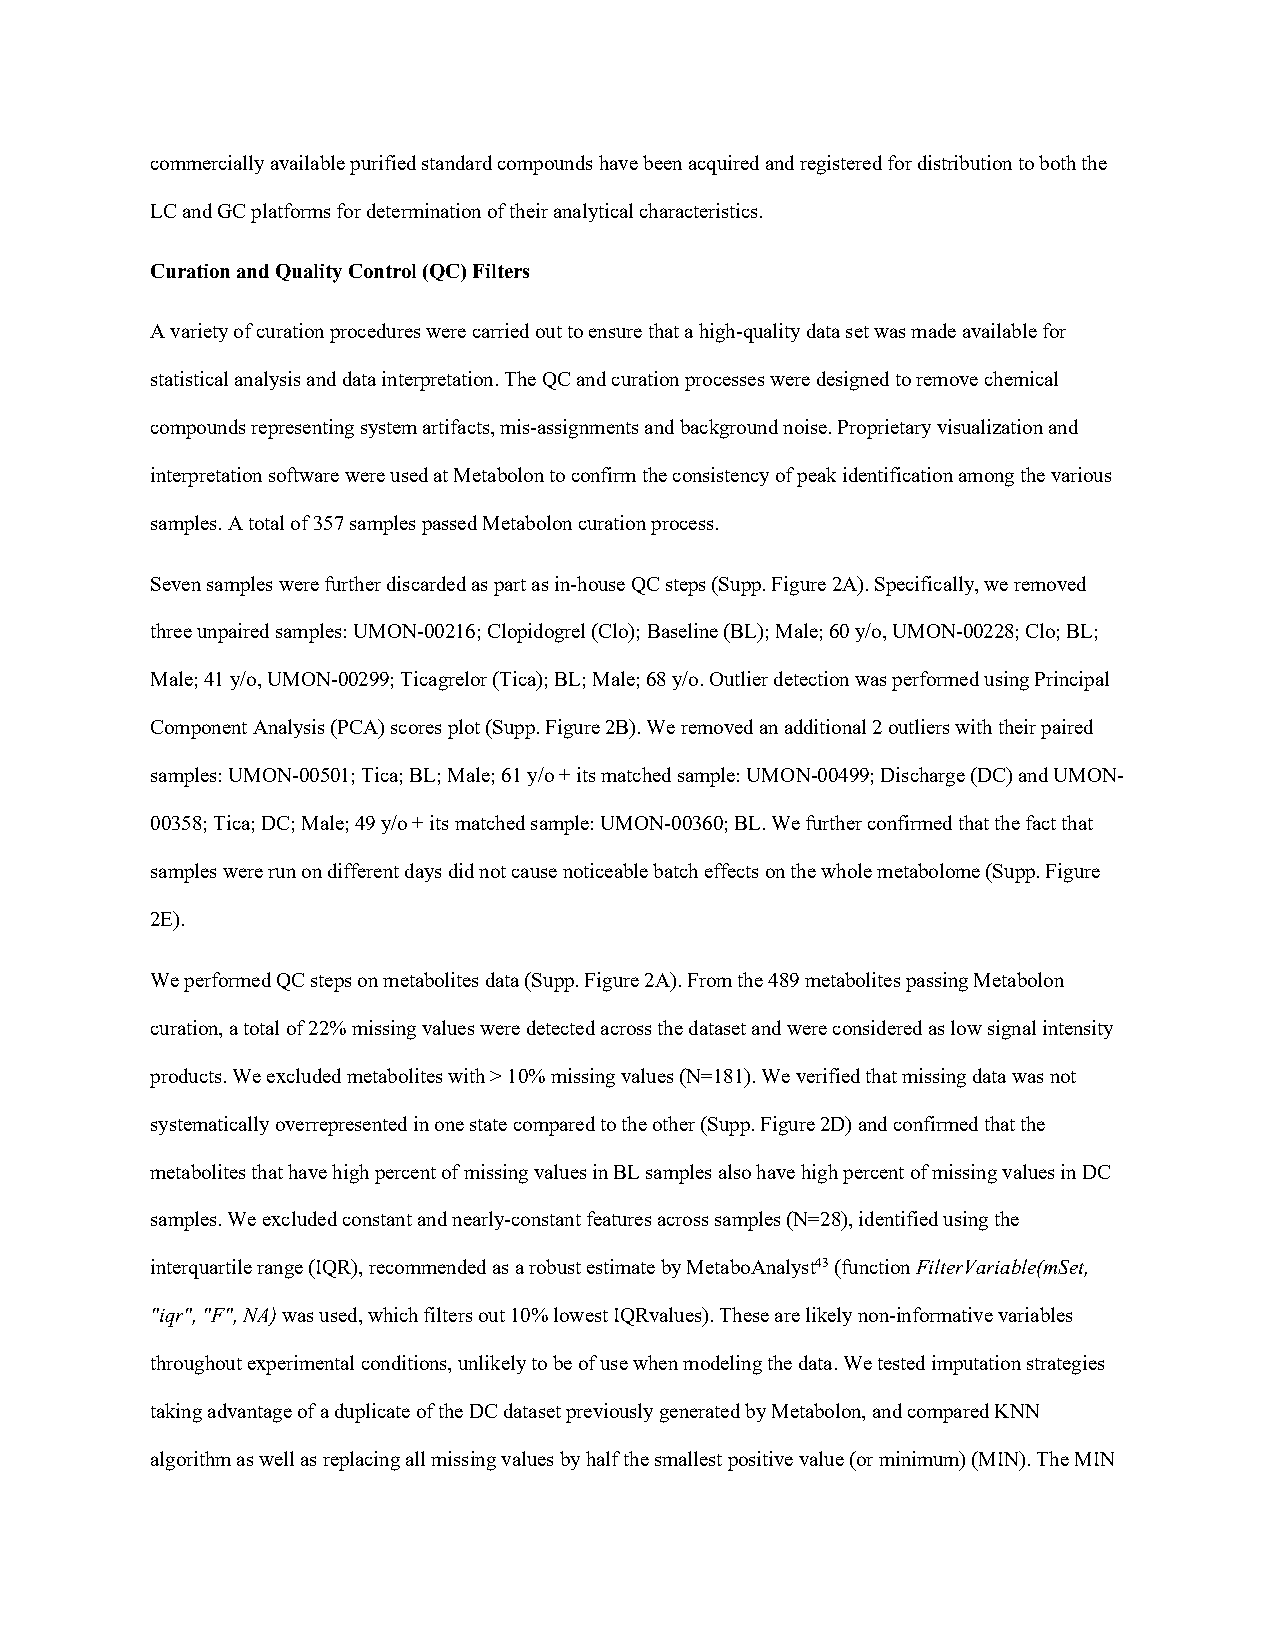
commercially available purified standard compounds have been acquired and registered for distribution to both the
 LC and GC platforms for determination of their analytical characteristics.
 Curation and Quality Control (QC) Filters
 A variety of curation procedures were carried out to ensure that a high-quality data set was made available for
 statistical analysis and data interpretation. The QC and curation processes were designed to remove chemical
 compounds representing system artifacts, mis-assignments and background noise. Proprietary visualization and
 interpretation software were used at Metabolon to confirm the consistency of peak identification among the various
 samples. A total of 357 samples passed Metabolon curation process.
 Seven samples were further discarded as part as in-house QC steps (Supp. Figure 2A). Specifically, we removed
 three unpaired samples: UMON-00216; Clopidogrel (Clo); Baseline (BL); Male; 60 y/o, UMON-00228; Clo; BL;
 Male; 41 y/o, UMON-00299; Ticagrelor (Tica); BL; Male; 68 y/o. Outlier detection was performed using Principal
 Component Analysis (PCA) scores plot (Supp. Figure 2B). We removed an additional 2 outliers with their paired
 samples: UMON-00501; Tica; BL; Male; 61 y/o + its matched sample: UMON-00499; Discharge (DC) and UMON-
 00358; Tica; DC; Male; 49 y/o + its matched sample: UMON-00360; BL. We further confirmed that the fact that
 samples were run on different days did not cause noticeable batch effects on the whole metabolome (Supp. Figure
 2E).
 We performed QC steps on metabolites data (Supp. Figure 2A). From the 489 metabolites passing Metabolon
 curation, a total of 22% missing values were detected across the dataset and were considered as low signal intensity
 products. We excluded metabolites with > 10% missing values (N=181). We verified that missing data was not
 systematically overrepresented in one state compared to the other (Supp. Figure 2D) and confirmed that the
 metabolites that have high percent of missing values in BL samples also have high percent of missing values in DC
 samples. We excluded constant and nearly-constant features across samples (N=28), identified using the
 interquartile range (IQR), recommended as a robust estimate by MetaboAnalyst43 (function FilterVariable(mSet,
 "iqr", "F", NA) was used, which filters out 10% lowest IQRvalues). These are likely non-informative variables
 throughout experimental conditions, unlikely to be of use when modeling the data. We tested imputation strategies
 taking advantage of a duplicate of the DC dataset previously generated by Metabolon, and compared KNN
 algorithm as well as replacing all missing values by half the smallest positive value (or minimum) (MIN). The MIN